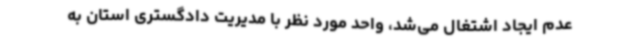
عدم ایجاد اشتغال می‌شد، واحد مورد نظر با مدیریت دادگستری استان به